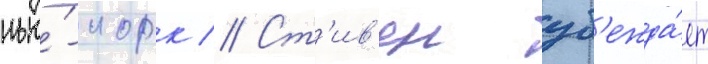
нью́-иорк // Ст'ив'ен уб'ежда́ет